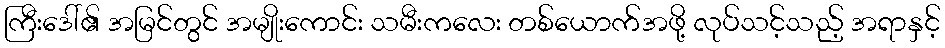
ကြီးဒေါ်၏ အမြင်တွင် အမျိုးကောင်း သမီးကလေး တစ်ယောက်အဖို့ လုပ်သင့်သည့် အရာနှင့်